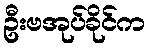
ဦးဗအုပ်ခိုင်က